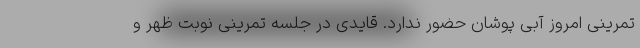
تمرینی امروز آبی پوشان حضور ندارد. قایدی در جلسه تمرینی نوبت ظهر و